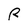
Character: R